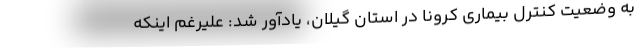
به وضعیت کنترل بیماری کرونا در استان گیلان، یادآور شد: علیرغم اینکه